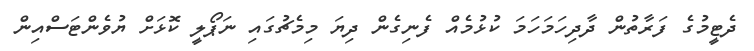
ދެޓީމުގެ ފަރާތުން ދާދިހަމަހަމަ ކުޅުމެއް ފެނިގެން ދިޔަ މިމެޗުގައި ނަޕޯލީ ކޮޅަށް ޔުވެންޓަސްއިން